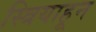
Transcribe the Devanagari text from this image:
स्त्रियाहून